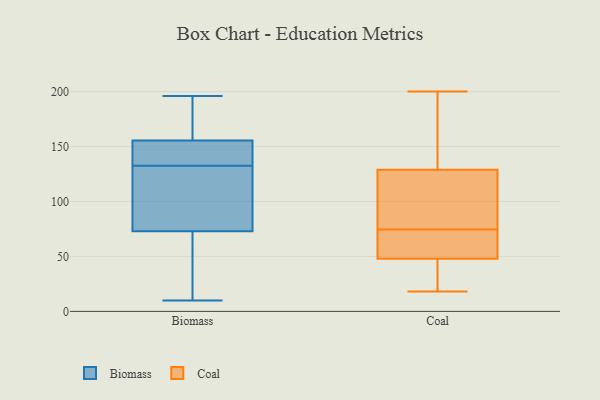
{"axis": {"x": "Customer Acquisition Cost (USD)", "y": "Value"}, "legend": ["Biomass", "Coal"], "data": [{"x": "", "y": 148, "type": "Biomass"}, {"x": "", "y": 141, "type": "Biomass"}, {"x": "", "y": 172, "type": "Biomass"}, {"x": "", "y": 155, "type": "Biomass"}, {"x": "", "y": 119, "type": "Biomass"}, {"x": "", "y": 42, "type": "Biomass"}, {"x": "", "y": 156, "type": "Biomass"}, {"x": "", "y": 104, "type": "Biomass"}, {"x": "", "y": 30, "type": "Biomass"}, {"x": "", "y": 124, "type": "Biomass"}, {"x": "", "y": 196, "type": "Biomass"}, {"x": "", "y": 10, "type": "Biomass"}, {"x": "", "y": 200, "type": "Coal"}, {"x": "", "y": 129, "type": "Coal"}, {"x": "", "y": 48, "type": "Coal"}, {"x": "", "y": 47, "type": "Coal"}, {"x": "", "y": 73, "type": "Coal"}, {"x": "", "y": 148, "type": "Coal"}, {"x": "", "y": 110, "type": "Coal"}, {"x": "", "y": 161, "type": "Coal"}, {"x": "", "y": 66, "type": "Coal"}, {"x": "", "y": 76, "type": "Coal"}, {"x": "", "y": 36, "type": "Coal"}, {"x": "", "y": 93, "type": "Coal"}, {"x": "", "y": 61, "type": "Coal"}, {"x": "", "y": 18, "type": "Coal"}]}